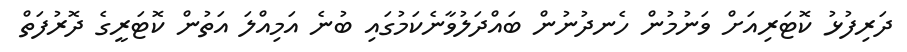
ދަރިފުޅު ކޮޓަރިއަށް ވަނުމުން ހެނދުނުން ބައްދަލުވާނެކަމުގައި ބުނެ އަމިއްލަ އަތުން ކޮޓަރީގެ ދޮރުފަތް